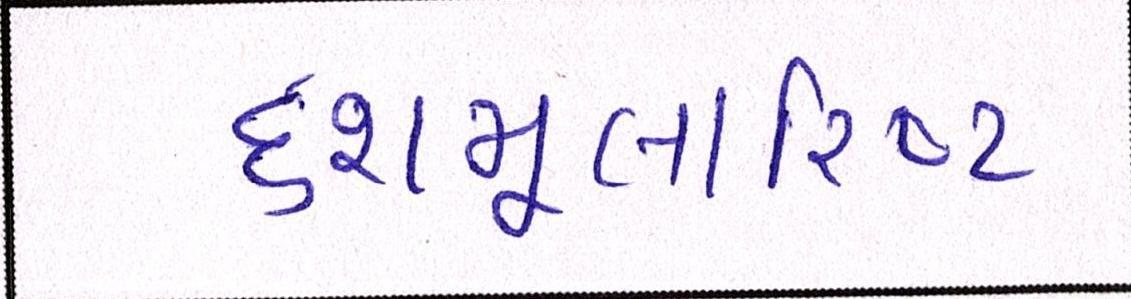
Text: દશમૂલારિષ્ટ